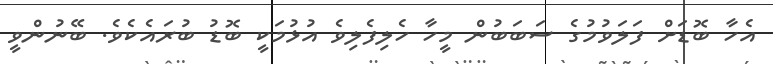
އެހާ ބޮޑަށް ފަލަވުމުގެ ސަބަބުން މީހާ ހެލިފެލިވެ އުޅުމަކީ ބޮޑު ބުރައެކެވެ. ބޭނުންވީ